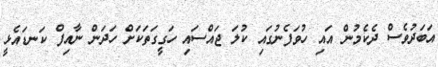
އަބަދުވެސް ދެކެމުން އައި ހުވަފެނުގައި ކުލަ ޖައްސައި ހަގީގަތަކަށް ހަދަން ނާއިފް ކަނޑައެޅީ